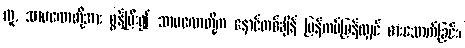
လူ, သာမဏေတို့အား စွန့်ပြီး၍ သာမဏေတို့က နောင်တစ်ချိန် ပြန်ကပ်ပြန်လျှင် စားသောက်ခြင်း၊